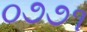
૦૭૭૧